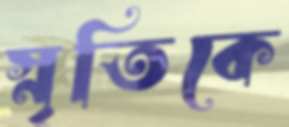
স্নৃতিকে